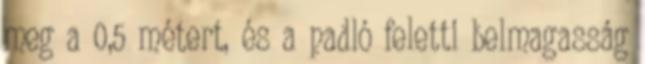
meg a 0,5 métert, és a padló feletti belmagasság